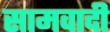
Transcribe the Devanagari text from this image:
सामवादी